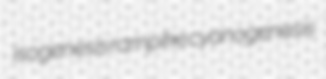
isogenesis rampike cyanogenesis